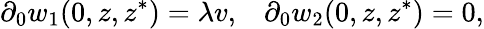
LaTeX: \partial_{0}w_{1}(0,z,z^{*})=\lambda v,\; \; \; \partial_{0}w_{2}(0,z,z^{*})=0,